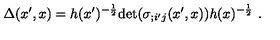
\Delta ( x ^ { \prime } , x ) = h ( x ^ { \prime } ) ^ { - \frac { 1 } { 2 } } \mathrm { d e t } ( \sigma _ { ; i ^ { \prime } j } ( x ^ { \prime } , x ) ) h ( x ) ^ { - \frac { 1 } { 2 } } \ .